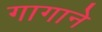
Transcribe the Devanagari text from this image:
गागाने